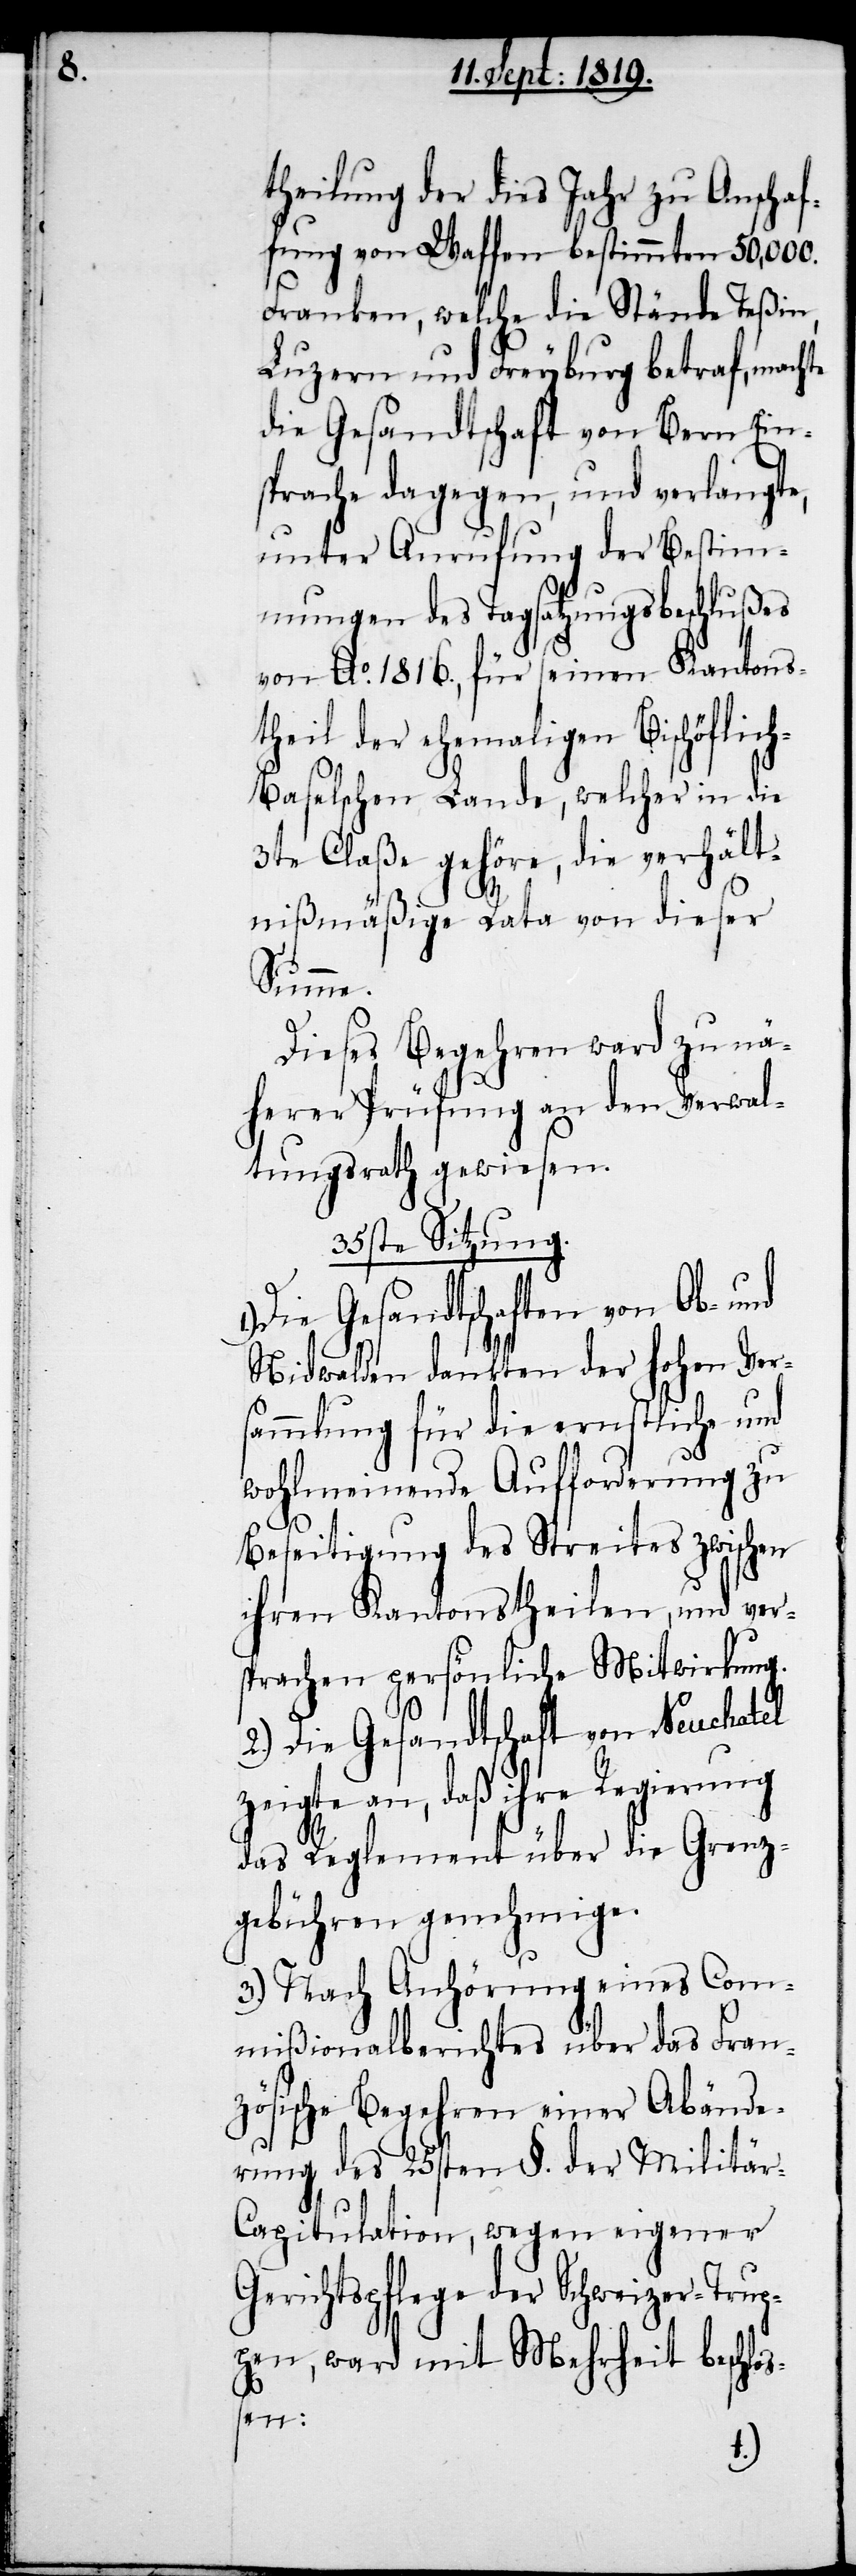
theilung der dies Jahr zu Anschaf¬
fung von Waffen bestimmten 50,000.
Franken, welche die Stände Teßin,
Luzern und Freyburg betraf, mach¬
die Gesandtschaft von Bern Ein¬
sprache dagegen, und verlangte,
unter Anrufung der Bestimm¬
ungen des Tagsatzungsbeschlußes
von Ao. 1816., für seinen Kantons¬
theil der ehemaligen Bischöflic¬
h-Baselschen Lande, welcher in die
3te Claße gehöre, die verhält¬
nißmäßige Rata von dieser
Summe.
Dieses Begehren ward zu nä¬
herer Prüfung an den Verwal¬
tungsrath gewiesen.
35ste Sitzung.
Die Gesandtschaften von Ob- und
Nidwalden dankten der hohen Vers¬
ammlung für die ernstliche und
wohlmeinende Aufforderung zu
Beseitigung des Streites zwischen
ihren Kantonstheilen, und vers¬
prachen persönliche Mitwirkung.
2.) Die Gesandtschaft von Neuchatel
zeigte an, daß ihre Regierung
das Reglement über die Grenz¬
gebühren genehmige.
3.) Nach Anhörung eines Com¬
mißionalberichtes über das Fran¬
zösische Begehren einer Abände¬
rung des 25sten §. der Militä¬
r-Capitulation, wegen eigener
Gerichtspflege der Schweizer-Trup¬
pen, ward mit Mehrheit beschloß¬
en:
te